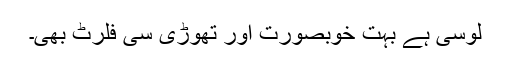
لوسی ہے بہت خوبصورت اور تھوڑی سی فلرٹ بھی۔